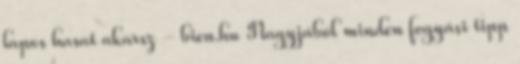
lapos hasat akarsz - bien.hu Nagyjából minden fogyási tipp